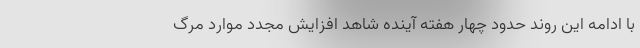
با ادامه این روند حدود چهار هفته آینده شاهد افزایش مجدد موارد مرگ